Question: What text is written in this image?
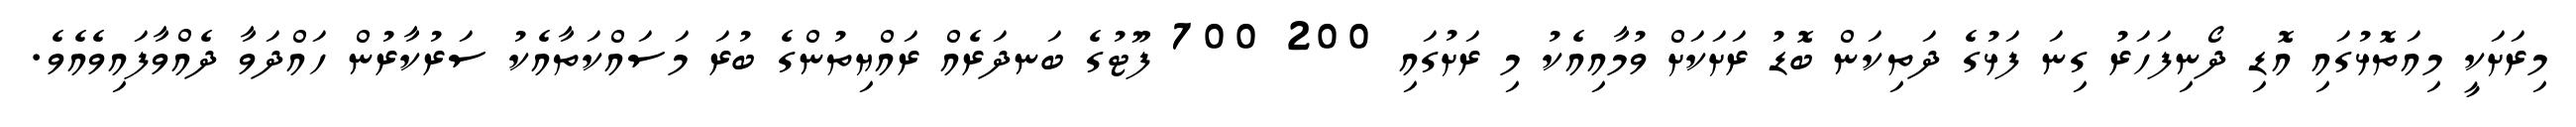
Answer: މިރަށަކީ މިއަތޮޅުގައި އޮޑި ދޯނިފަހަރު ގިނަ ފަޅުގެ ދަތިކަން ބޮޑު ރަށަކަށް ވުމާއިއެކު މި ރަށުގައި 200 700 ފޫޓުގެ ބަނދަރެއް ރައްޔިތުންގެ ބުރަ މަސައްކަތާއެކު ސަރުކާރުން ހައްދަވާ ދެއްވާފައިވެއެވެ.